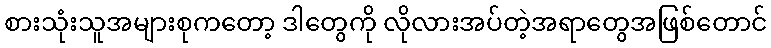
စားသုံးသူအများစုကတော့ ဒါတွေကို လိုလားအပ်တဲ့အရာတွေအဖြစ်တောင်